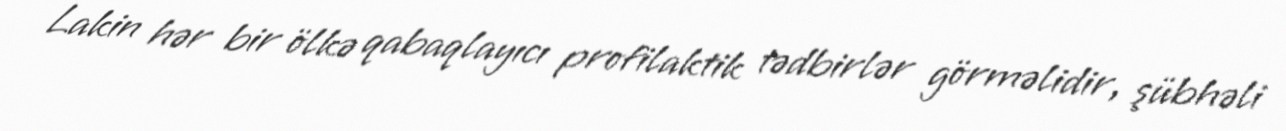
Lakin hər bir ölkə qabaqlayıcı profilaktik tədbirlər görməlidir, şübhəli